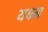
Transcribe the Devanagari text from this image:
यक्ष्म